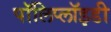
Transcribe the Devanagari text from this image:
पॉलिप्लॉइडी